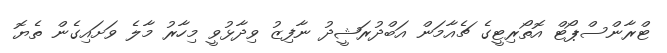
ޓްރާންސްޕޯޓް އޮތޯރިޓީގެ ޗެއާމަން އަބްދުރަޝީދު ނާފިޒު ވިދާޅުވީ މިހާރު މާލެ ވަށައިގެން ތެޔޮ